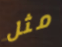
مثل